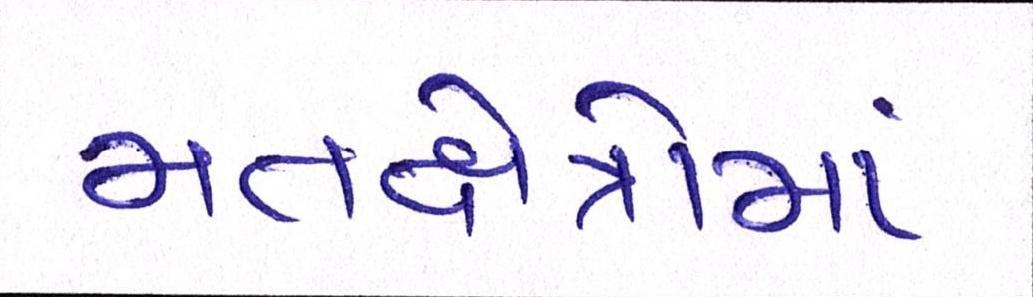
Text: મતક્ષેત્રોમાં